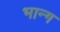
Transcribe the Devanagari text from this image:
भान्ग